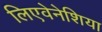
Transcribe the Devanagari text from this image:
लिएवेनेशिया